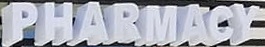
PHARMACY